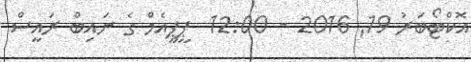
އޮކްޓޯބަރު 19